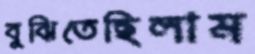
বুঝিতেছিলাম